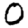
Digit: 0